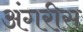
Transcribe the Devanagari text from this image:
अंगरीस